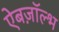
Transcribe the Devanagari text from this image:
ऐबज़ॉल्भ